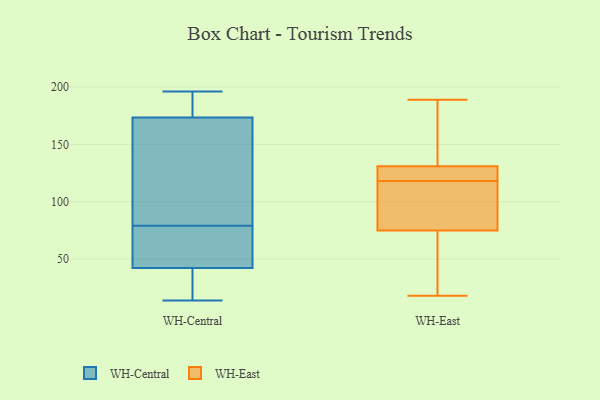
{"axis": {"x": "Demand Index", "y": "Value"}, "legend": ["WH-Central", "WH-East"], "data": [{"x": "", "y": 14, "type": "WH-Central"}, {"x": "", "y": 79, "type": "WH-Central"}, {"x": "", "y": 101, "type": "WH-Central"}, {"x": "", "y": 189, "type": "WH-Central"}, {"x": "", "y": 29, "type": "WH-Central"}, {"x": "", "y": 75, "type": "WH-Central"}, {"x": "", "y": 48, "type": "WH-Central"}, {"x": "", "y": 46, "type": "WH-Central"}, {"x": "", "y": 196, "type": "WH-Central"}, {"x": "", "y": 185, "type": "WH-Central"}, {"x": "", "y": 161, "type": "WH-Central"}, {"x": "", "y": 172, "type": "WH-Central"}, {"x": "", "y": 41, "type": "WH-Central"}, {"x": "", "y": 174, "type": "WH-Central"}, {"x": "", "y": 36, "type": "WH-Central"}, {"x": "", "y": 120, "type": "WH-East"}, {"x": "", "y": 110, "type": "WH-East"}, {"x": "", "y": 118, "type": "WH-East"}, {"x": "", "y": 118, "type": "WH-East"}, {"x": "", "y": 133, "type": "WH-East"}, {"x": "", "y": 63, "type": "WH-East"}, {"x": "", "y": 93, "type": "WH-East"}, {"x": "", "y": 131, "type": "WH-East"}, {"x": "", "y": 146, "type": "WH-East"}, {"x": "", "y": 51, "type": "WH-East"}, {"x": "", "y": 61, "type": "WH-East"}, {"x": "", "y": 112, "type": "WH-East"}, {"x": "", "y": 119, "type": "WH-East"}, {"x": "", "y": 75, "type": "WH-East"}, {"x": "", "y": 125, "type": "WH-East"}, {"x": "", "y": 171, "type": "WH-East"}, {"x": "", "y": 18, "type": "WH-East"}, {"x": "", "y": 189, "type": "WH-East"}]}